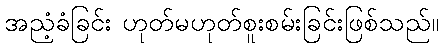
အညံ့ခံခြင်း ဟုတ်မဟုတ်စူးစမ်းခြင်းဖြစ်သည်။